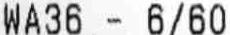
WA36 - 6/60